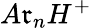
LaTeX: A\mathfrak{r}_{n}H^{+}